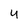
Character: 4